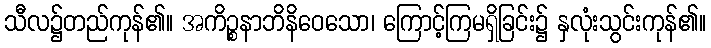
သီလ၌တည်ကုန်၏။ အကိဉ္စနာဘိနိဝေသော၊ ကြောင့်ကြမရှိခြင်း၌ နှလုံးသွင်းကုန်၏။